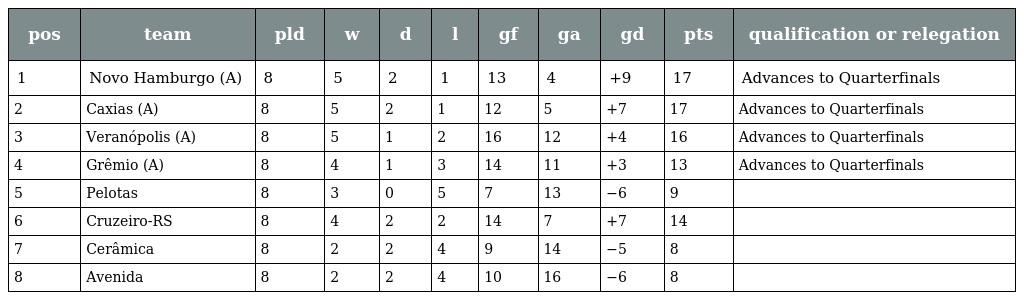
| pos | team | pld | w | d | l | gf | ga | gd | pts | qualification or relegation |
 | --- | --- | --- | --- | --- | --- | --- | --- | --- | --- | --- |
 | 1 | Novo Hamburgo (A) | 8 | 5 | 2 | 1 | 13 | 4 | +9 | 17 | Advances to Quarterfinals |
 | 2 | Caxias (A) | 8 | 5 | 2 | 1 | 12 | 5 | +7 | 17 | Advances to Quarterfinals |
 | 3 | Veranópolis (A) | 8 | 5 | 1 | 2 | 16 | 12 | +4 | 16 | Advances to Quarterfinals |
 | 4 | Grêmio (A) | 8 | 4 | 1 | 3 | 14 | 11 | +3 | 13 | Advances to Quarterfinals |
 | 5 | Pelotas | 8 | 3 | 0 | 5 | 7 | 13 | −6 | 9 |  |
 | 6 | Cruzeiro-RS | 8 | 4 | 2 | 2 | 14 | 7 | +7 | 14 |  |
 | 7 | Cerâmica | 8 | 2 | 2 | 4 | 9 | 14 | −5 | 8 |  |
 | 8 | Avenida | 8 | 2 | 2 | 4 | 10 | 16 | −6 | 8 |  |